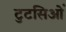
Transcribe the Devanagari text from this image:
टुटसिओं